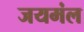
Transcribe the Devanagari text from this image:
जयमंल